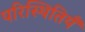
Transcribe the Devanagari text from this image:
परिस्थितियँ